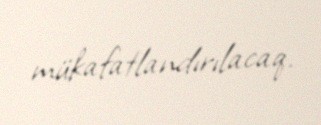
mükafatlandırılacaq.